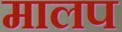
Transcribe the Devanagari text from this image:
मालप